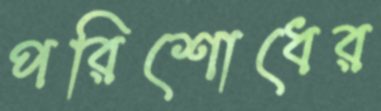
পরিশোধের